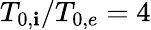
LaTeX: {T_{0,\mathbf{i}}/T_{0,e}=4}